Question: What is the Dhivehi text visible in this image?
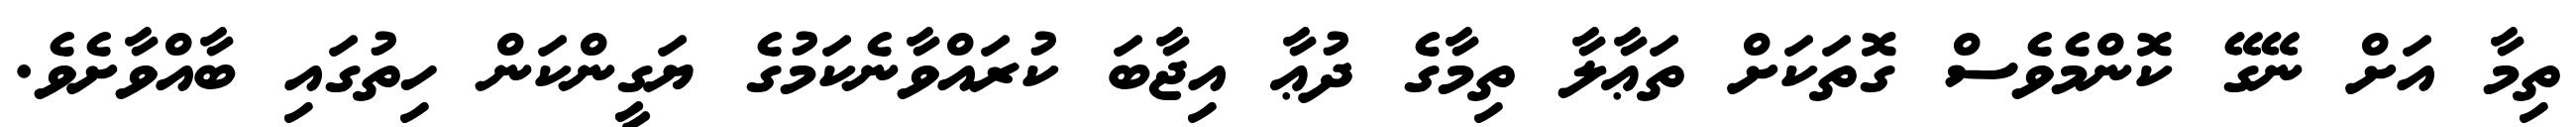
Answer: ތިމާ އަށް ނޭގޭ ކޮންމެވެސް ގޮތަކަށް ތަޢާލާ ތިމާގެ ދުޢާ އިޖާބަ ކުރައްވާނެކަމުގެ ޔަގީންކަން ހިތުގައި ބާއްވާށެވެ.